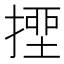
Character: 𢲖